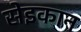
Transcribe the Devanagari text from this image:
सेइकान